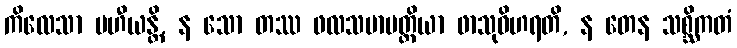
ကိလေသာ ပဟီယန္တိ, န သော တဿ ဖလသမာပတ္တိယာ ဖာသုဝိဟရတိ, န တေန သစ္ဆိကတံ